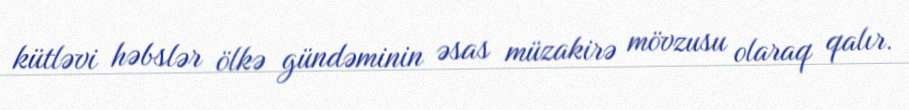
kütləvi həbslər ölkə gündəminin əsas müzakirə mövzusu olaraq qalır.